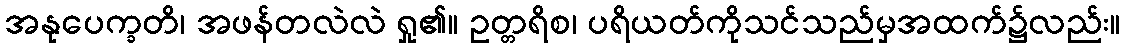
အနုပေက္ခတိ၊ အဖန်တလဲလဲ ရှု၏။ ဥတ္တရိစ၊ ပရိယတ်ကိုသင်သည်မှအထက်၌လည်း။